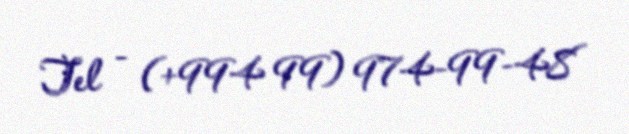
Tel - (+994 99) 974-99-48